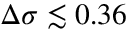
\Delta \sigma \lesssim 0 . 3 6